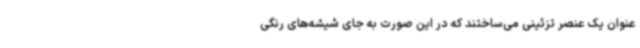
عنوان یک عنصر تزئینی می‌ساختند که در این صورت به جای شیشه‌های رنگی